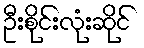
ဦးစိုင်းလုံးဆိုင်